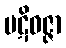
ပဋိဝဇ္ဇာ